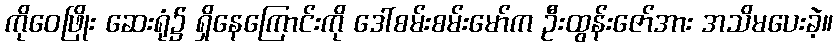
ကိုဝေဖြိုး ဆေးရုံ၌ ရှိနေကြောင်းကို ဒေါ်စမ်းစမ်းမော်က ဦးထွန်းဇော်အား အသိမပေးခဲ့။